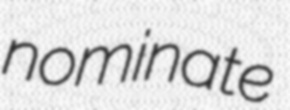
nominate